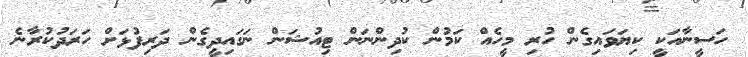
ހަސީނާއަކީ ކިޔަވައިގެން ހުރި މީހެއް ކަމުން ކުދިންނަން ޓިއުޝަން ނަގައިދީގެން ދަރިފުޅަށް ހަރަދުކުރާނެ